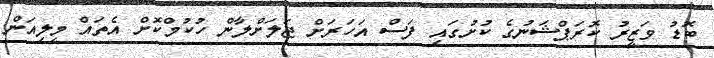
ބޮޑު ވަޒީރު ކޮރަޕްޝަނުގެ ކުށުގައި ފަސް އަހަރަށް ޖަލަށްލާން ހުކުމްކޮށް އެތައް މިލިއަން